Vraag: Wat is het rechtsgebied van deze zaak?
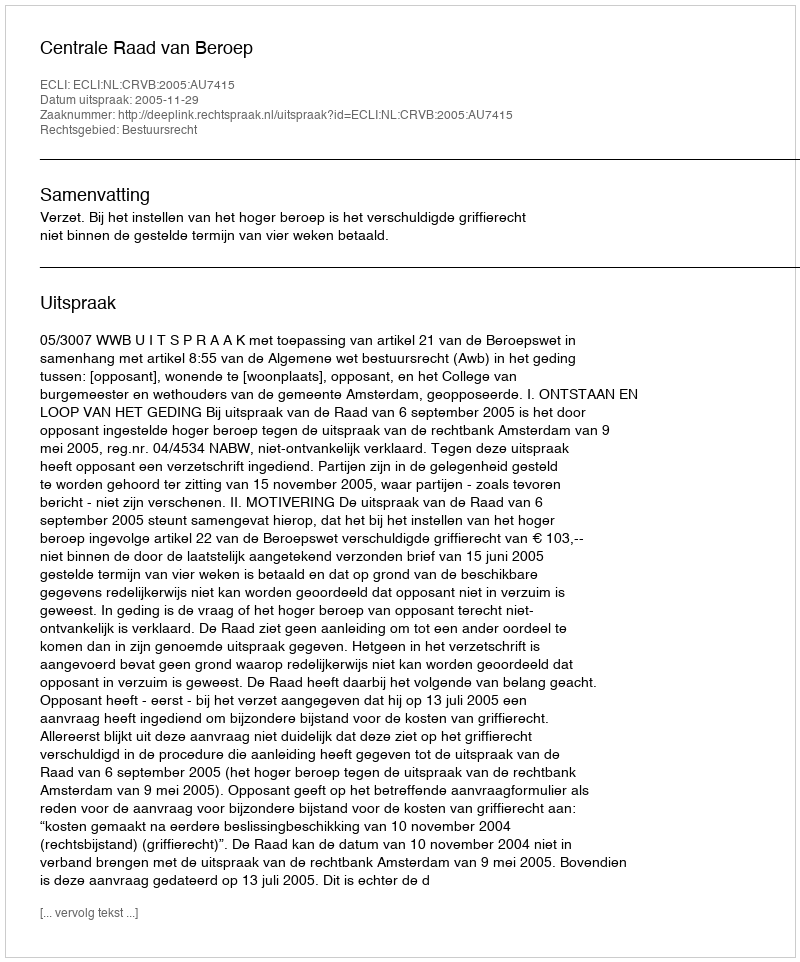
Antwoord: Bestuursrecht